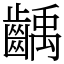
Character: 齲